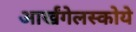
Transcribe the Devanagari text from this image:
आर्खंगेलस्कोये